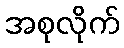
အစုလိုက်